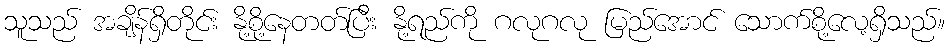
သူသည် အချိန်ရှိတိုင်း နို့စို့နေတတ်ပြီး နို့ရည်ကို ဂလုဂလု မြည်အောင် သောက်စို့လေ့ရှိသည်။